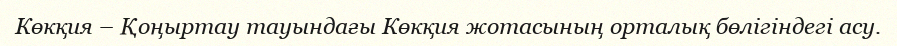
Көкқия – Қоңыртау тауындағы Көкқия жотасының орталық бөлігіндегі асу.